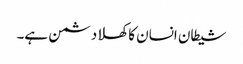
شیطان انسان کا کھلا دشمن ہے۔